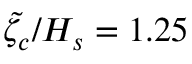
\tilde { \zeta _ { c } } / H _ { s } = 1 . 2 5